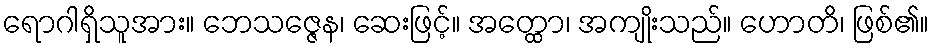
ရောဂါရှိသူအား။ ဘေသဇ္ဇေန၊ ဆေးဖြင့်။ အတ္ထော၊ အကျိုးသည်။ ဟောတိ၊ ဖြစ်၏။